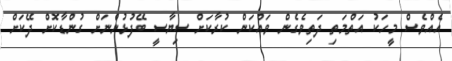
އެއްވެސް މީހަކު އަތްމަތި ދަތިވެގެން ވައްކަން ކުރާކަށް ސިޔާސީ ބޭފުޅުންނަށް ގުންޑާކޮށް ދޭކަށް